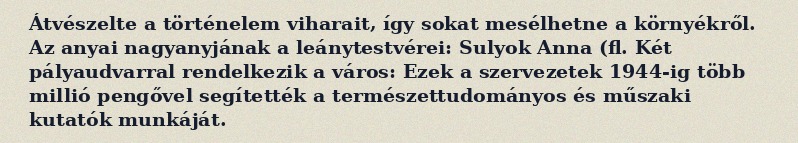
Átvészelte a történelem viharait, így sokat mesélhetne a környékről. Az anyai nagyanyjának a leánytestvérei: Sulyok Anna (fl. Két pályaudvarral rendelkezik a város: Ezek a szervezetek 1944-ig több millió pengővel segítették a természettudományos és műszaki kutatók munkáját.